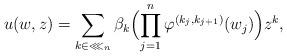
LaTeX: \begin{align*}u(w,z)=\sum_{k\in\lll_n}\beta_k\Bigl(\prod_{j=1}^n\varphi^{(k_j,k_{j+1})}(w_j)\Bigr)z^k,\end{align*}